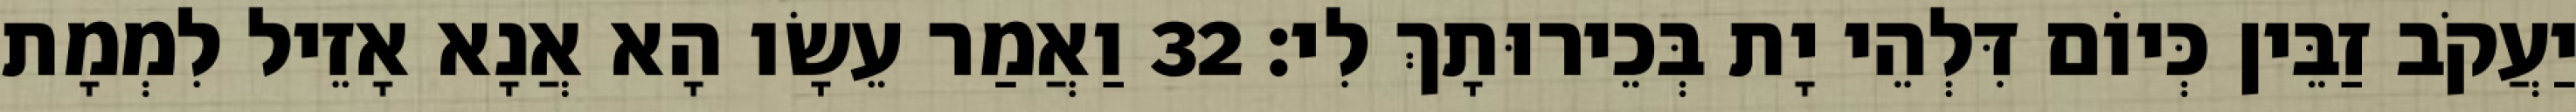
יַעֲקֹב זַבֵּין כְּיוֹם דִּלְהֵי יָת בְּכֵירוּתָךְ לִי׃ 32 וַאֲמַר עֵשָׂו הָא אֲנָא אָזֵיל לִמְמָת